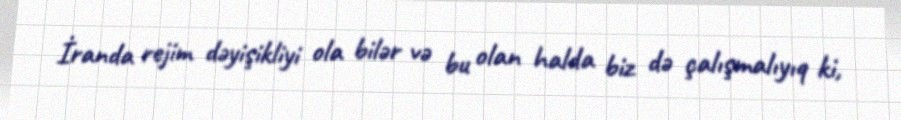
İranda rejim dəyişikliyi ola bilər və bu olan halda biz də çalışmalıyıq ki,